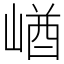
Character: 崷